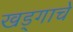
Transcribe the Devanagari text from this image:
खड्गाचे